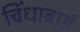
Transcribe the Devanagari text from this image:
चिंधाबाई